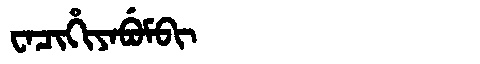
Manchu: ᠸᠠᠴᡳᡥᡳᠶᠠᠪᡠᠮᠪᡳ
Romanization: WACIHIYABUMBI